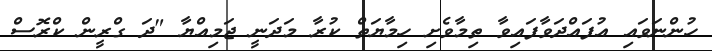
ހުންނަވައި އުފައްދަވާފައިވާ ތިމާވެށި ހިމާޔަތް ކުރާ މަދަނީ ޖަމިއްޔާ "ދަ ގްރީން ކްރޮސް